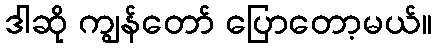
ဒါဆို ကျွန်တော် ပြောတော့မယ်။